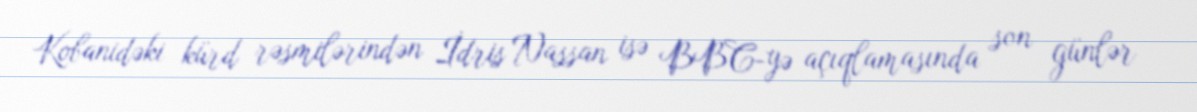
Kobanidəki kürd rəsmilərindən İdris Nassan isə BBC-yə açıqlamasında son günlər